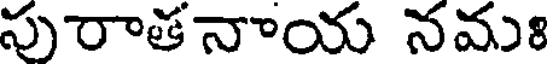
పురాతనాయ నమః